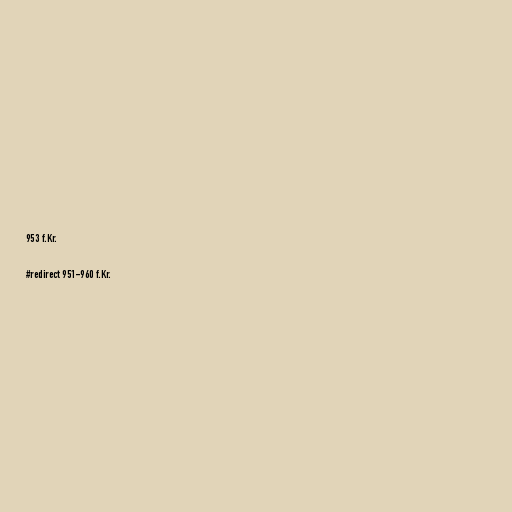
953 f.Kr.

#redirect 951-960 f.Kr.